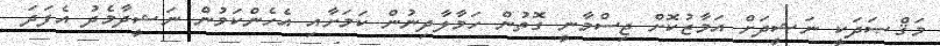
މަޤްޞަދަކީ ނަޝީދަށް އަމާޒުކޮށް ޖިސްމާނީ ގޮތުން ހަމާލާދިނުން ކަމަށާއި އެހެންކަމުން ނަޝީދާމެދު އެފަދަ